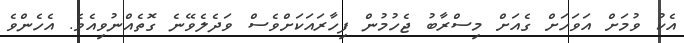
އެކު ވުމަށް އަވަހަށް ގެއަށް މިސްރާބު ޖެހުމުން ފިހާރައަކަށްވެސް ވަދެލެވޭނެ ގޮތެއްނުވިއެވެ. އެހެންވެ